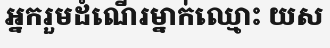
អ្នករួមដំណើរម្នាក់ឈ្មោះ យស